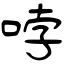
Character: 哱